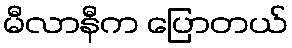
မီလာနီက ပြောတယ်